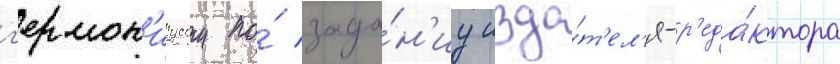
г'ермон'иусом по́ зада́н'иу изда́т'ел'я-р'еда́ктора